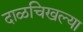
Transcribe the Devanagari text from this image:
दाळचिखल्या